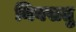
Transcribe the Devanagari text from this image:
निवसतु